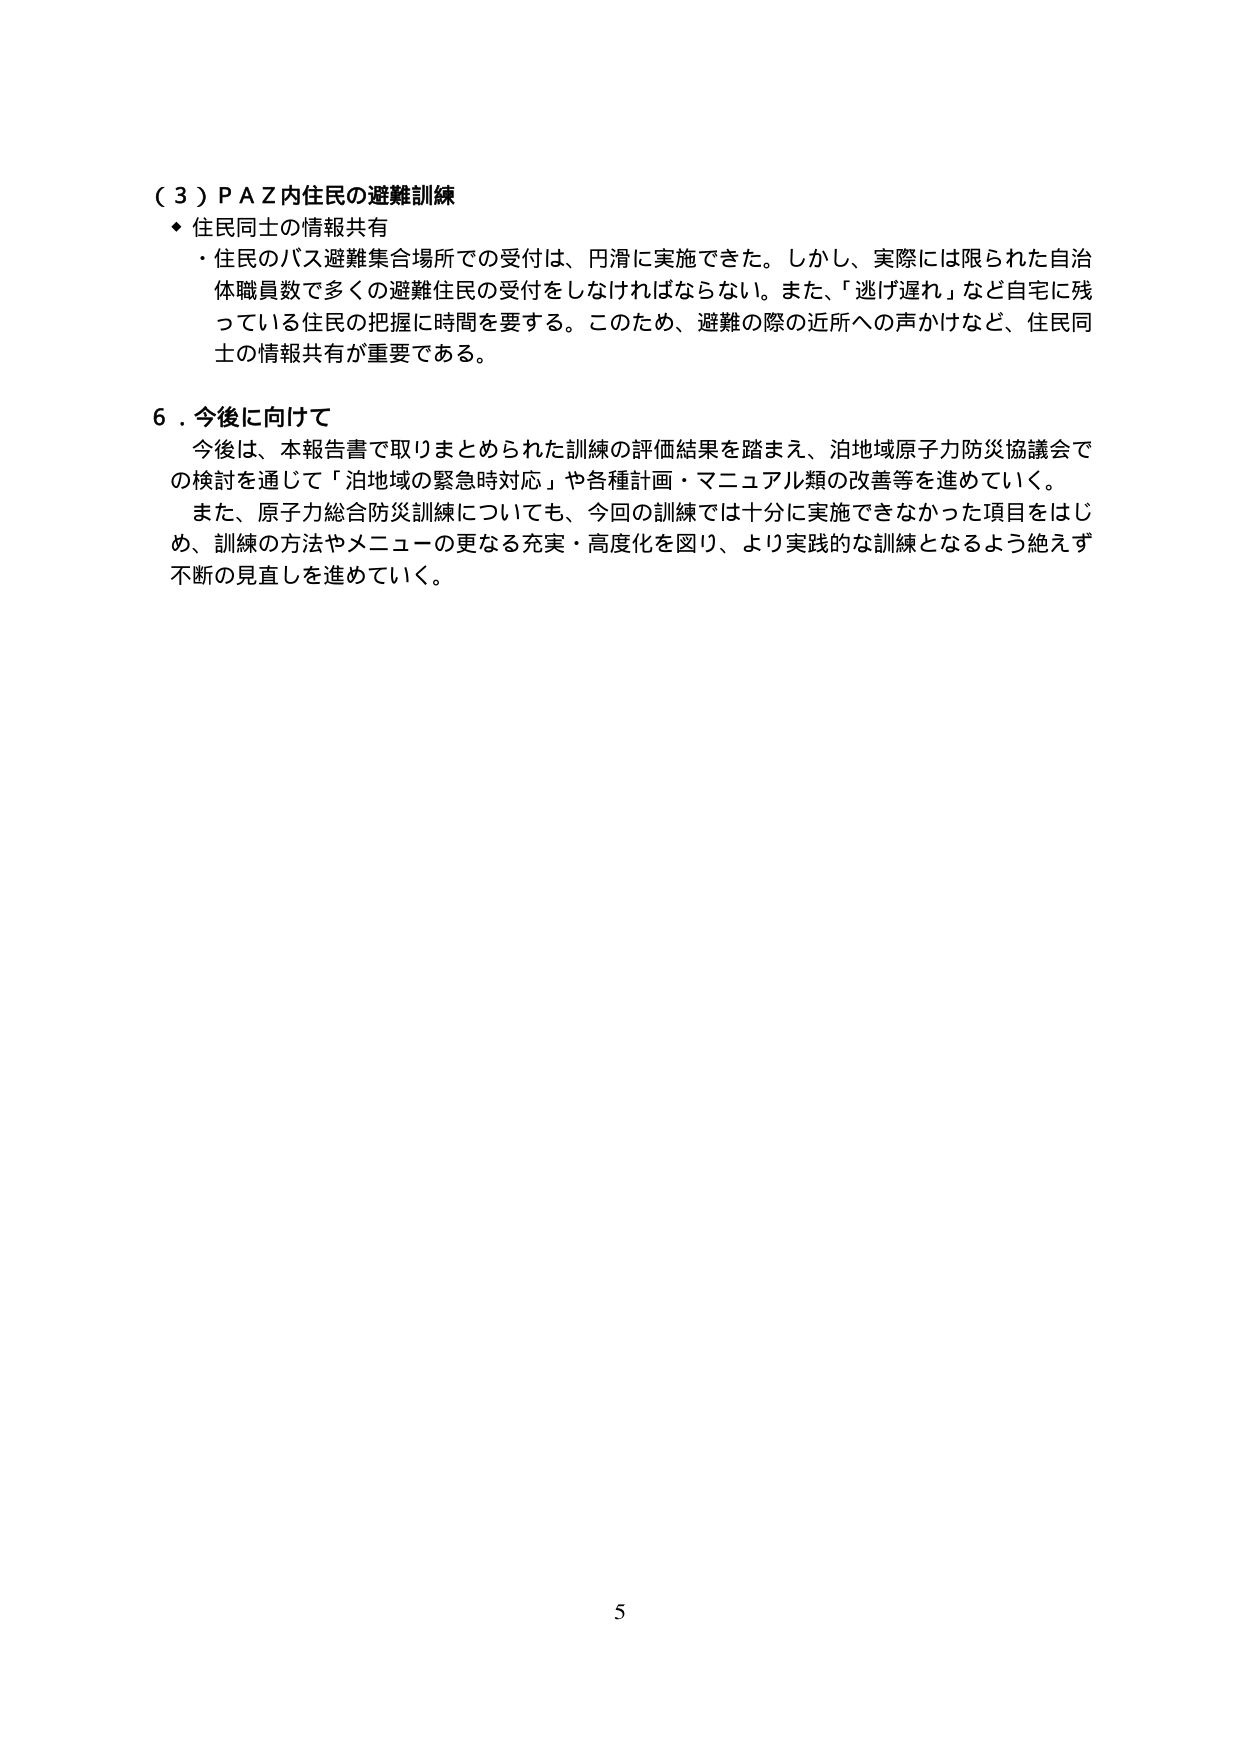
（３）ＰＡＺ内住民の避難訓練
◆ 住民同士の情報共有
・住民のバス避難集合場所での受付は、円滑に実施できた。しかし、実際には限られた自治体職員数で多くの避難住民の受付をしなければならない。また、「逃げ遅れ」など自宅に残っている住民の把握に時間を要する。このため、避難の際の近所への声かけなど、住民同士の情報共有が重要である。

６．今後に向けて
今後は、本報告書で取りまとめられた訓練の評価結果を踏まえ、泊地域原子力防災協議会での検討を通じて「泊地域の緊急時対応」や各種計画・マニュアル類の改善等を進めていく。
また、原子力総合防災訓練についても、今回の訓練では十分に実施できなかった項目をはじめ、訓練の方法やメニューの更なる充実・高度化を図り、より実践的な訓練となるよう絶えず不断の見直しを進めていく。

5